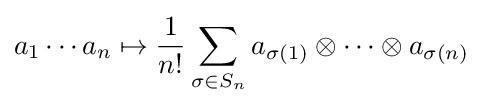
a_{1}\cdots a_{n}\mapsto {\frac {1}{n!}}\sum _{\sigma \in S_{n}}a_{\sigma (1)}\otimes \cdots \otimes a_{\sigma (n)}~